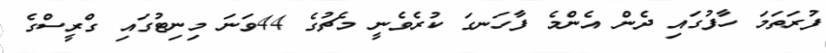
ފުރަތަމަ ހާފުގައި ދެން އެންމެ ފާހަނގަ ކުރެވެނީ މެޗުގެ 44ވަނަ މިނިޓުގައި ގްރީސްގެ